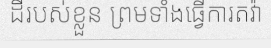
ដីរបស់ខ្លួន ព្រមទាំងធ្វើការតវ៉ា